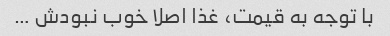
با توجه به قیمت، غذا اصلا خوب نبودش …